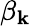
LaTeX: \beta_{\mathbf{k}}